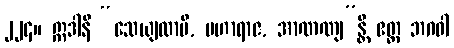
၂၂၄။ ဣဒါနိ “သေယျထာပိ, မဟာရာဇ, အာဏဏျ”န္တိ ဧတ္ထ ဘဂဝါ